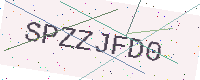
Text: SPZZJFD0